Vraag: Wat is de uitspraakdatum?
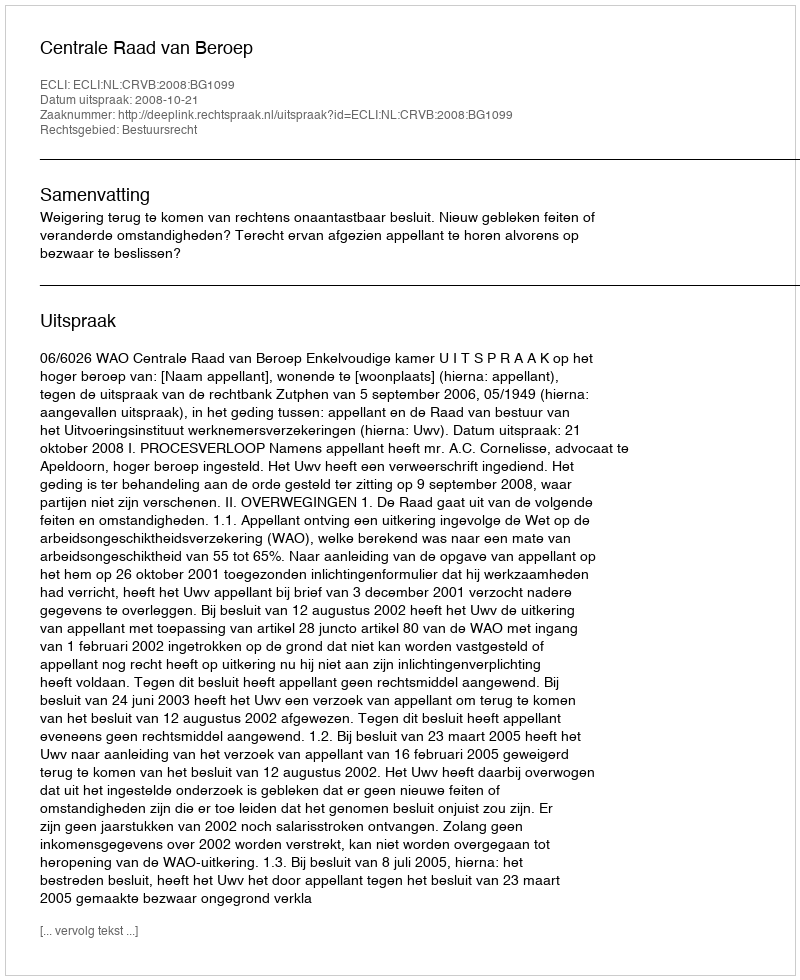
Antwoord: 2008-10-21